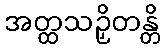
အတ္ထသဉှိတန္တိ